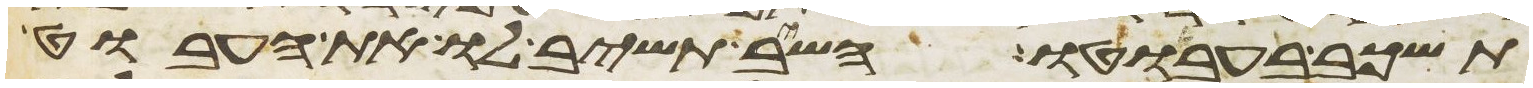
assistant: תשכב בעבוטו השב תשיב לו את העבוט